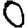
Digit: 0